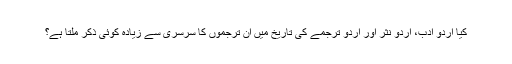
کیا اردو ادب، اردو نثر اور اردو ترجمے کی تاریخ میں ان ترجموں کا سرسری سے زیادہ کوئی ذکر ملتا ہے؟